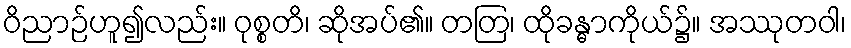
ဝိညာဉ်ဟူ၍လည်း။ ဝုစ္စတိ၊ ဆိုအပ်၏။ တတြ၊ ထိုခန္ဓာကိုယ်၌။ အဿုတဝါ၊